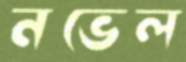
নভেল